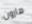
هارون